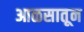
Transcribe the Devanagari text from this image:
आळसातून